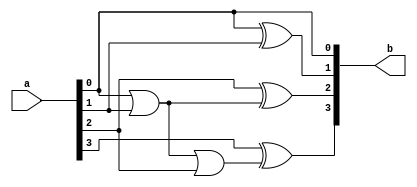
`timescale 1ns / 1ps
//////////////////////////////////////////////////////////////////////////////////
// Company: 
// Engineer: 
// 
// Design Name: 
// Module Name:    reverse 
// Project Name: 
// Target Devices: 
// Tool versions: 
// Description: 
//
// Dependencies: 
//
// Revision: 
// Revision 0.01 - File Created
// Additional Comments: 
//
//////////////////////////////////////////////////////////////////////////////////
module reverse(input [3:0]a, output [3:0]b);
		and(b[0], a[0], a[0]);
		xor(b[1], a[0], a[1]);
		wire c, d;
		or(c, a[0], a[1]);
		xor(b[2], a[2], c);
		or(d, c, a[2]);
		xor(b[3], a[3], d);
endmodule